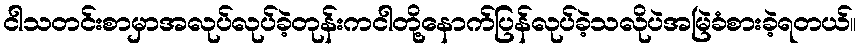
ငါသတင်းစာမှာအလုပ်လုပ်ခဲ့တုန်းကငါတို့နောက်ပြန်လုပ်ခဲ့သလိုပဲအမြဲခံစားခဲ့ရတယ်။